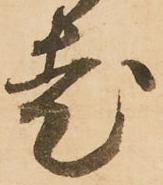
老